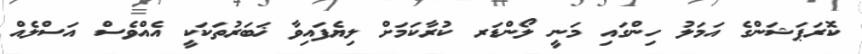
ކޮރަޕަޝަންގެ އަމަލު ހިންގައި މަނީ ލޯންޑަރ ކުރާކަމަށް ލިޔެފައިވާ ޚަބަރުތަކަކީ އެއްވެސް އަސްލެއް